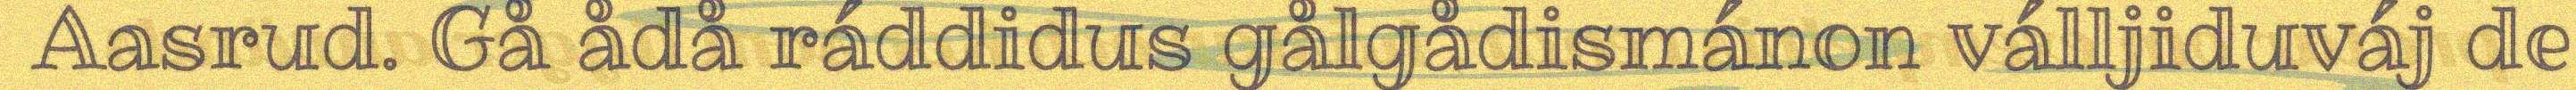
Aasrud. Gå ådå ráddidus gålgådismánon válljiduváj de